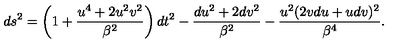
d s ^ { 2 } = \left( 1 + \frac { u ^ { 4 } + 2 u ^ { 2 } v ^ { 2 } } { \beta ^ { 2 } } \right) d t ^ { 2 } - \frac { d u ^ { 2 } + 2 d v ^ { 2 } } { \beta ^ { 2 } } - \frac { u ^ { 2 } ( 2 v d u + u d v ) ^ { 2 } } { \beta ^ { 4 } } .